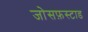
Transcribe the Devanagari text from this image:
जोसफ़स्टाड